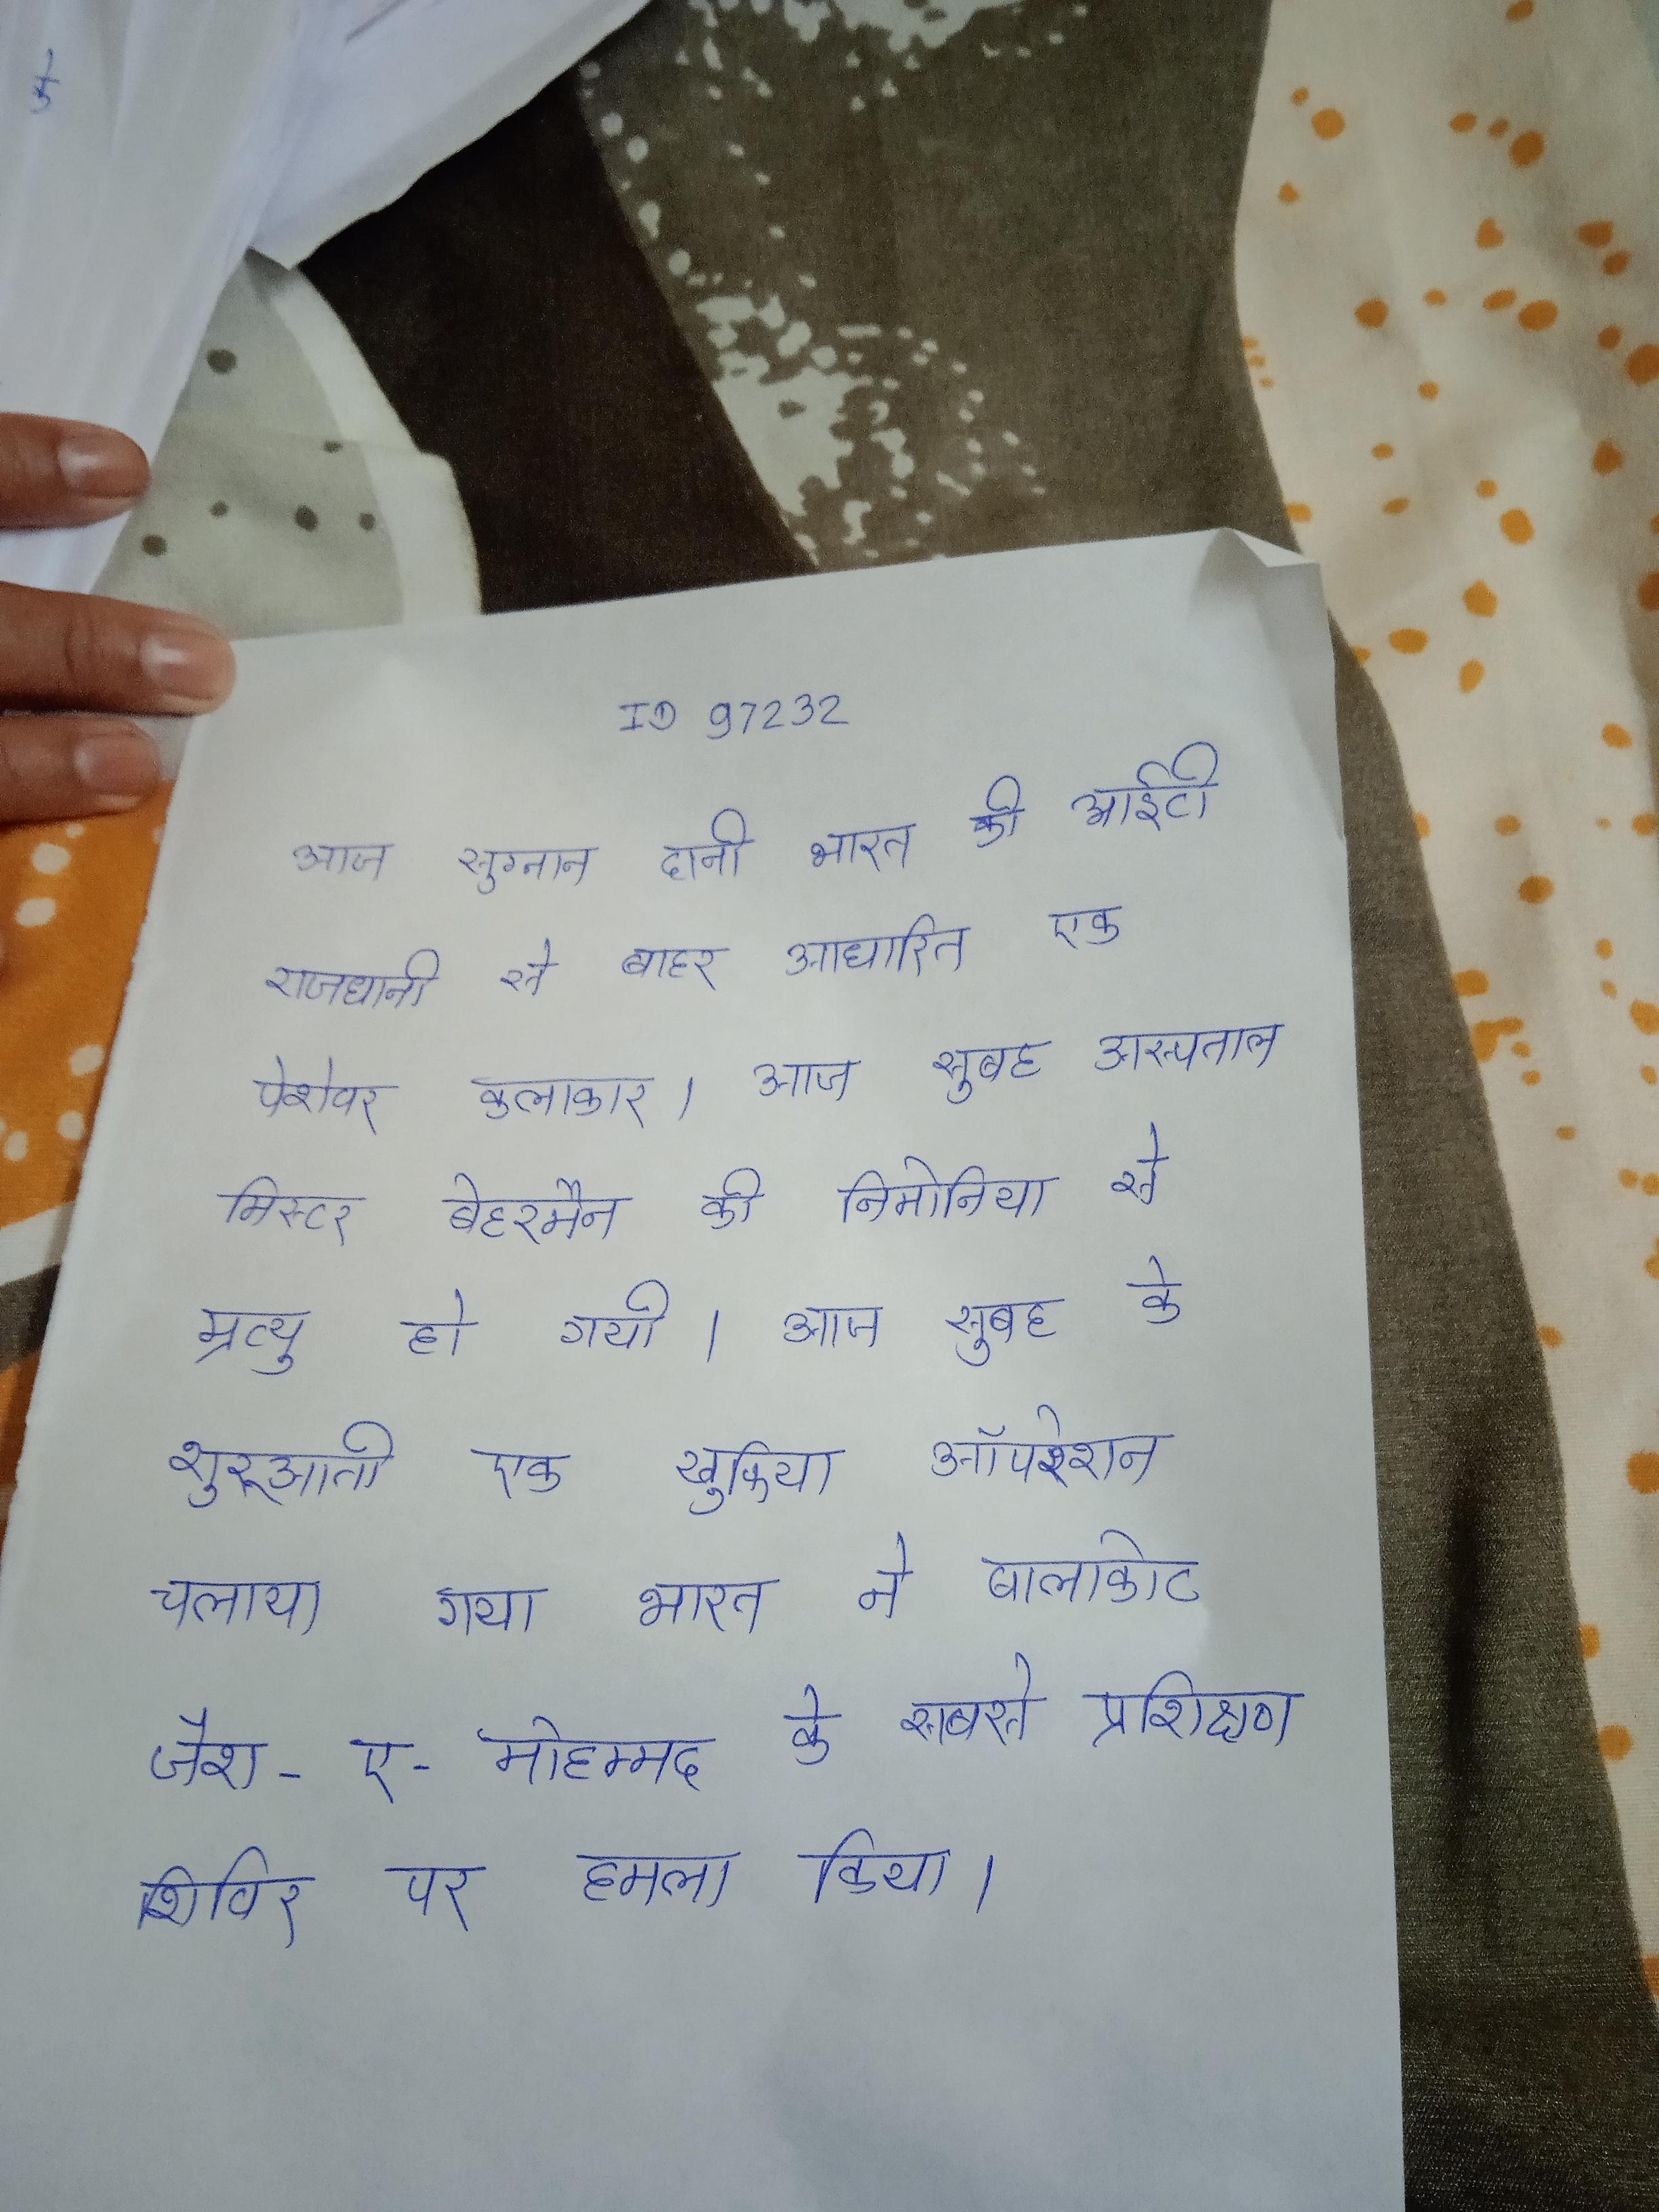
आज सुग्नान दानी भारत की आईटी राजधानी से बाहर आधारित एक पेशेवर कलाकार । आज सुबह अस्पताल मिस्टर बेहरमैन की निमोनिया से म्रत्यु हो गयी । आज सुबह के शुरुआती एक खुफिया ऑपरेशन चलाया गया भारत ने बालाकोट जैश-ए-मोहम्मद के सबसे प्रशिक्षण शिविर पर हमला किया ।